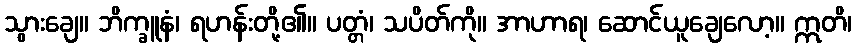
သွားချေ။ ဘိက္ခူနံ၊ ရဟန်းတို့၏။ ပတ္တံ၊ သပိတ်ကို။ အာဟာရ၊ ဆောင်ယူချေလော့။ ဣတိ၊